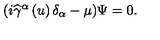
( i \widehat { \gamma } ^ { \alpha } \left( u \right) \delta _ { \alpha } - \mu ) \Psi = 0 .